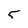
Character: 5